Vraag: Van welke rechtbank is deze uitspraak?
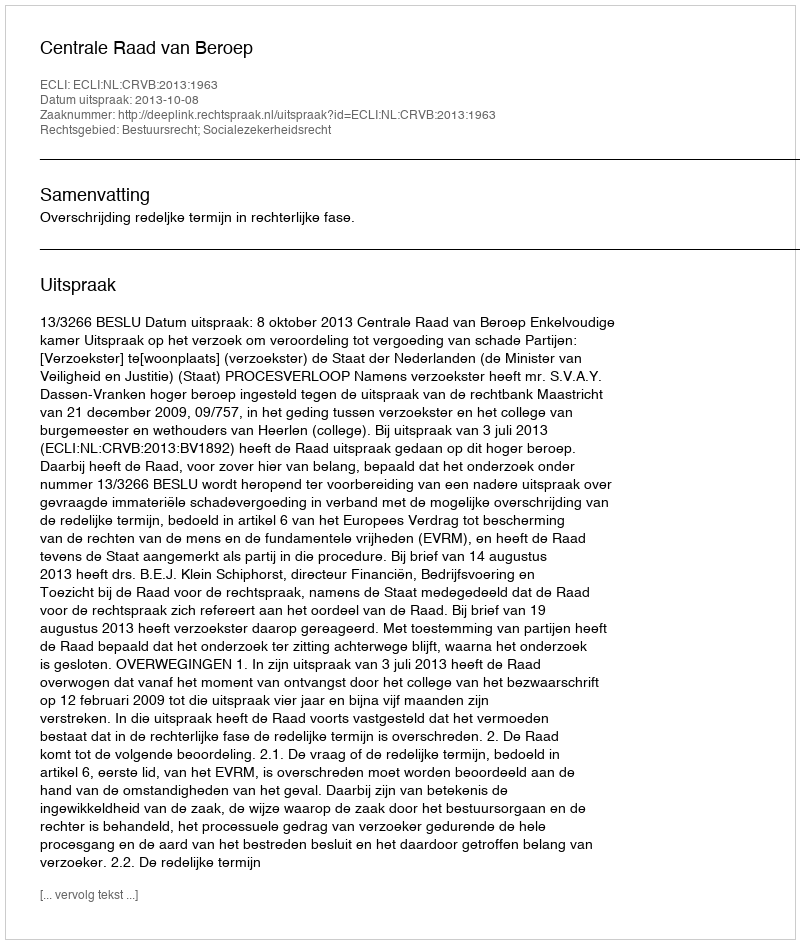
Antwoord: Centrale Raad van Beroep